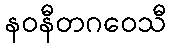
နဝနီတဂဝေသီ